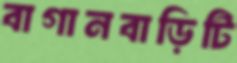
বাগানবাড়িটি